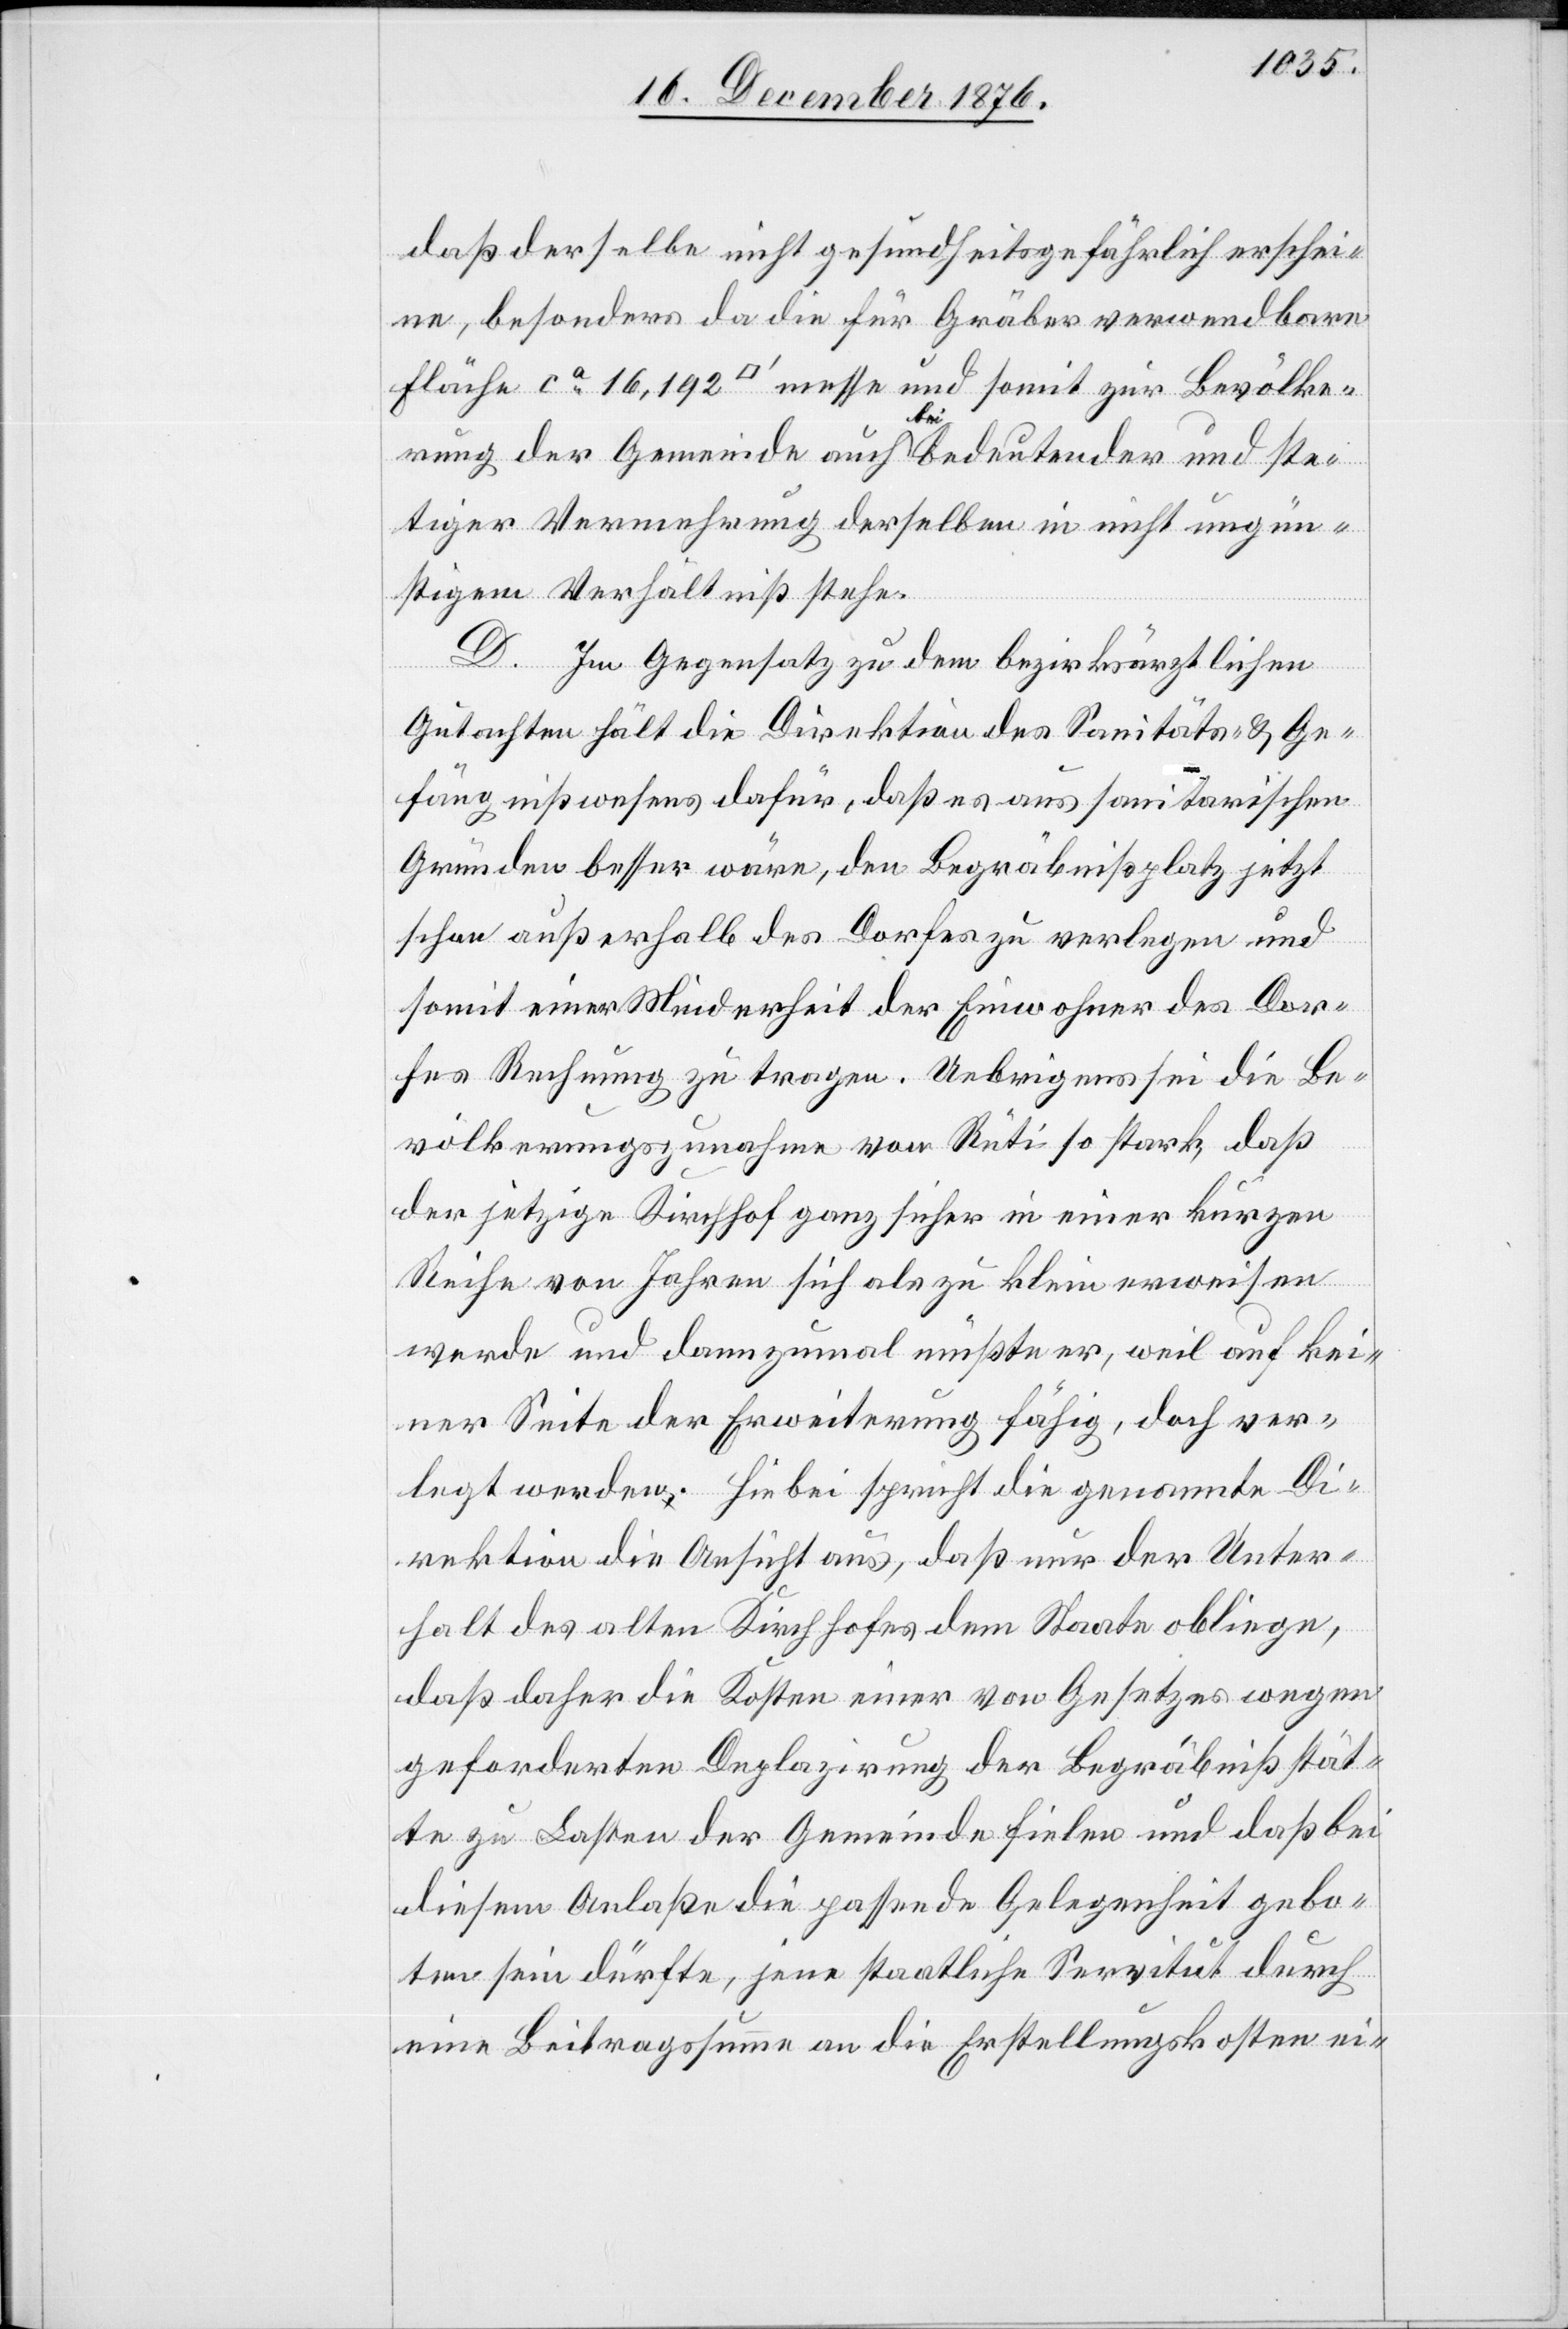
daß derselbe nicht gesundheitsgefährlich erschei¬
ne, besonders da die für Gräber verwendbare
Fläche ca 16,192 [Quadratfuß] messe und somit zur Bevölke¬
rung der Gemeinde auch bei bedeutender und ste¬
tiger Vermehrung derselben in nicht ungün¬
stigem Verhältniß stehe.
D. Im Gegensatz zu dem bezirksräthlichen
Gutachten hält die Direktion des Sanitäts- & Ge¬
fängnißwesens dafür, daß es aus sanitarischen
Gründen besser wäre, den Begräbnißplatz jetzt
schon außerhalb des Dorfes zu verlegen und
somit einer Minderheit der Einwohner des Dor¬
fes Rechnung zu tragen. Uebrigens sei die Be¬
völkerungszunahme von Rüti so stark, daß
der jetzige Kirchhof ganz sicher in einer kurzen
Reihe von Jahren sich als zu klein erweisen
werde und dannzumal müßte er, weil auf kei¬
ner Seite der Erweiterung fähig, doch ver¬
legt werden. Hiebei spricht die genannte Di¬
rektion die Ansicht aus, daß nur der Unter¬
halt des alten Kirchhofes dem Staate obliege,
daß daher die Kosten einer von Gesetzes wegen
geforderten Deplazirung der Begräbnißstät¬
te zu Lasten der Gemeinde fielen und daß bei
diesem Anlaße die passende Gelegenheit gebo¬
ten sein dürfte, jene staatliche Servitut durch
eine Beitragssumme an die Erstellungskosten ei-